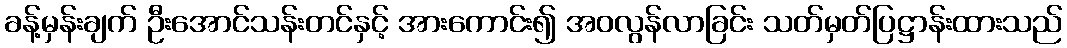
ခန့်မှန်းချက် ဦးအောင်သန်းတင်နှင့် အားကောင်း၍ အဝလွန်လာခြင်း သတ်မှတ်ပြဋ္ဌာန်းထားသည်